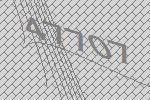
47707